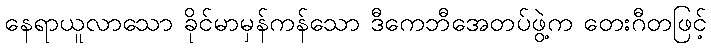
နေရာယူလာသော ခိုင်မာမှန်ကန်သော ဒီကေဘီအေတပ်ဖွဲ့က တေးဂီတဖြင့်